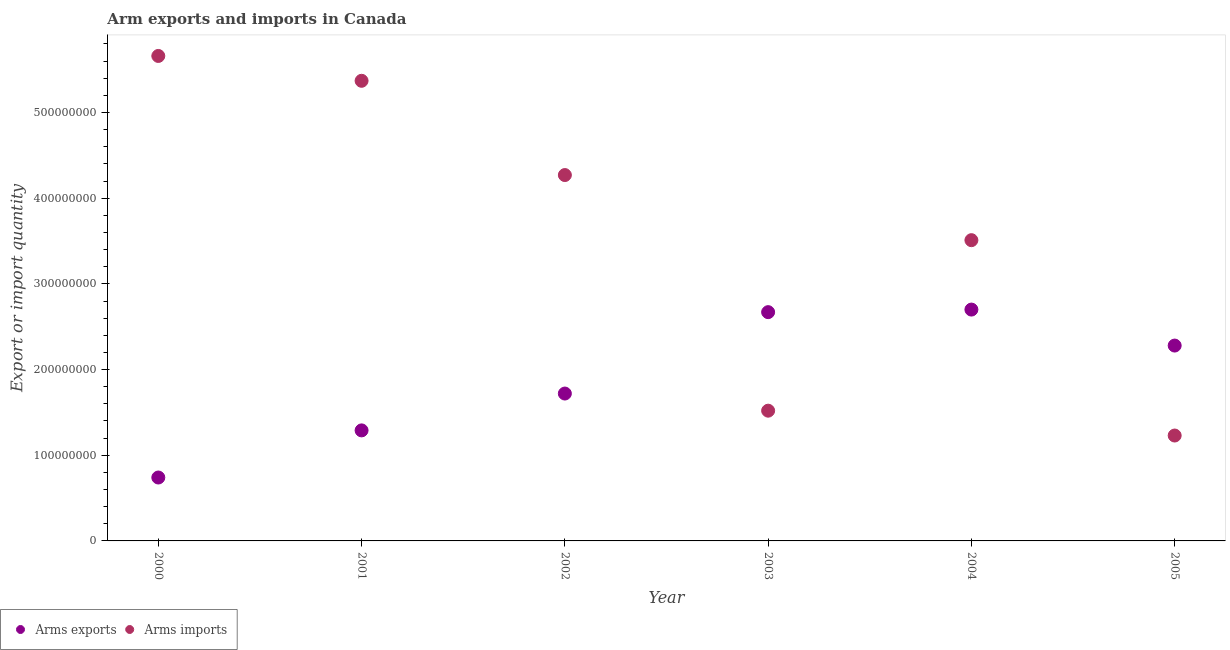
| Year | Arms exports | Arms imports |
 | --- | --- | --- |
 | 2000 | 7.4e+07 | 5.66e+08 |
 | 2001 | 1.29e+08 | 5.37e+08 |
 | 2002 | 1.72e+08 | 4.27e+08 |
 | 2003 | 2.67e+08 | 1.52e+08 |
 | 2004 | 2.7e+08 | 3.51e+08 |
 | 2005 | 2.28e+08 | 1.23e+08 |